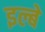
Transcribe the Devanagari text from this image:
इल्बे